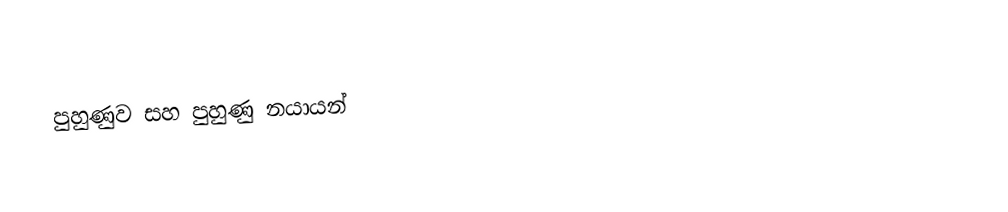
පුහුණුව සහ පුහුණු නයායන්